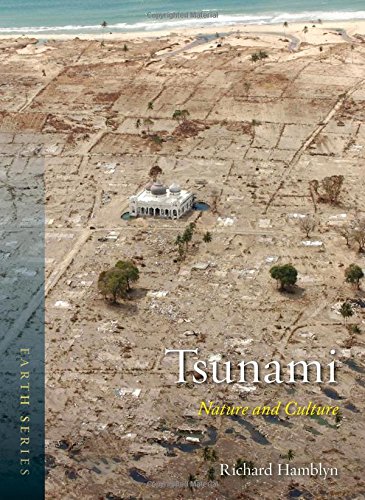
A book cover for Tsunami: Nature and Culture (Reaktion Books - Earth); Richard Hamblyn; Science & Math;